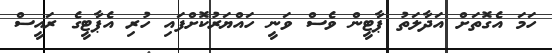
ހަމަ އެގޮތަށް އަދާލަތު ޕާޓީން ވެސް ވަނީ ހައްޔަރުކޮށްފައި ހުރި އެޕާޓީގެ ރައީސް